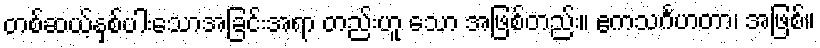
တစ်ဆယ့်နှစ်ပါးသောအခြင်းအရာ တည်းဟူ သော အဖြစ်တည်း။ ဧကသင်္ဂဟတာ၊ အဖြစ်။